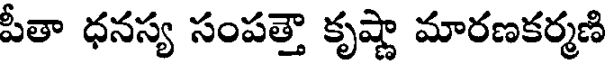
పీతా ధనస్య సంపత్తౌ కృష్ణా మారణకర్మణి